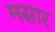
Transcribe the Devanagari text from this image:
मसार